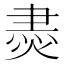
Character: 𱫮